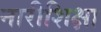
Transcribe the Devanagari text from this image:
नारीशिक्षा